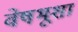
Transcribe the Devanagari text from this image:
वेषभूशा